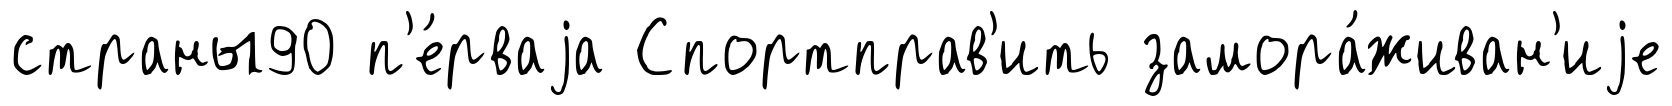
страны90 п'е́рваjа Спортправ'ить замора́живан'иjе